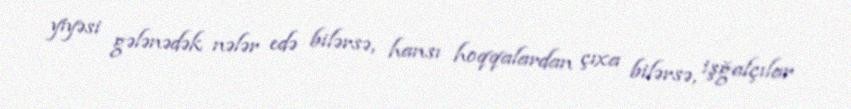
yiyəsi gələnədək nələr edə bilərsə, hansı hoqqalardan çıxa bilərsə, işğalçılar